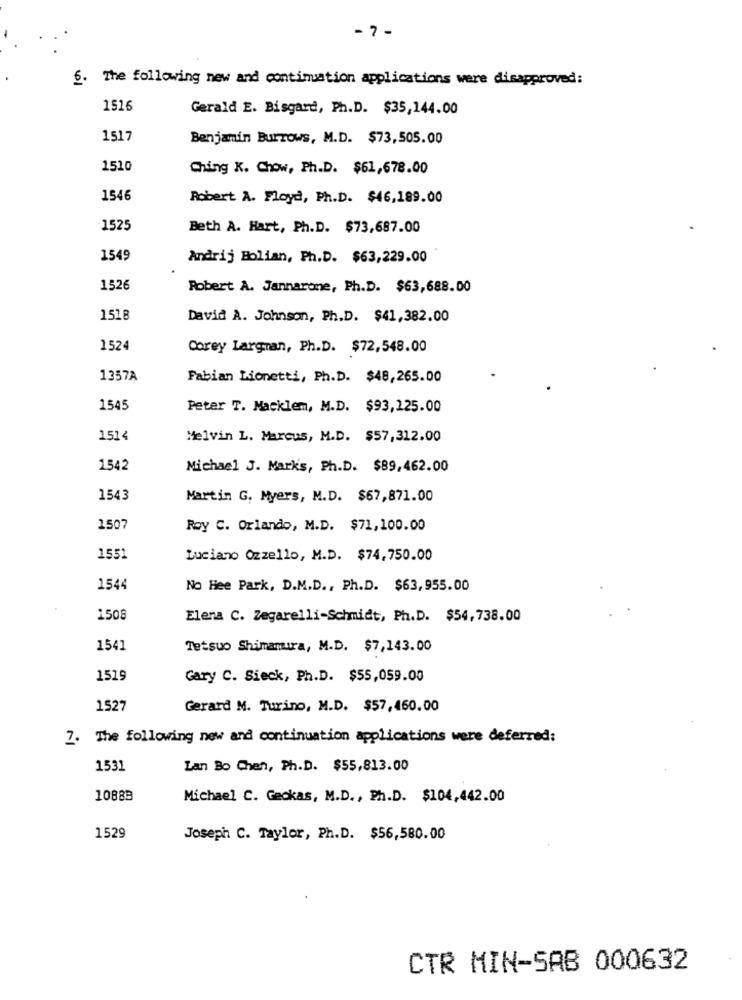
- 7 -
6. The following new and continuation applications were disapproved:
1516
Gerald E. Bisgard, Ph.D. $35,144.00
1517
Benjamin Burrows, M.D. $73,505.00
1510
Ching K. Chow, Ph.D. $61,678.00
1546
Robert A. Floyd, Ph.D. $46,189.00
1525
Beth A. Hart, Ph.D. $73,687.00
1549
Andrij Bolian, Ph.D. $63,229.00
1526
Robert A. Jannarone, Ph.D. $63,688.00
1518
David A. Johnson, Ph.D. $41,382.00
1524
Corey Largman, Ph.D. $72,548.00
1357A
Fabian Lionetti, Ph.D. $48,265.00
1545
Peter T. Macklem, M.D. $93,125.00
1514
Melvin L. Marcus, M.D. $57,312.00
1542
Michael J. Mark's, Ph.D. $89,462.00
1543
Martin G. Myers, M.D. $67,871.00
1507
Roy C. Orlando, M.D. $71,100.00
1551
Luciano Ozzello, M.D. $74,750.00
1544
No Hee Park, D.M.D ., Ph.D. $63, 955.00
1508
Elena C. Zegarelli-Schmidt, Ph.D. $54,738.00
1541
Tetsuo Shimamura, M.D. $7,143.00
1519
Gary C. Sieck, Ph.D. $55,059.00
1527
Gerard M. Turino, M.D. $57,460.00
7. The following new and continuation applications were deferred:
1531
Lan Bo Chen, Ph.D. $55,813.00
10883
Michael C. Geokas, M.D ., Ph.D. $104,442.00
1529
Joseph C. Taylor, Ph.D. $56,580.00
CTR MIN-SAB 000632